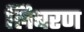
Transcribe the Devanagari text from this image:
लिबरण